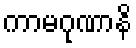
ကာမဂုဏာနိ